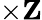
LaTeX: \times\mathbf{Z}